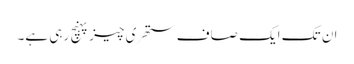
ان تک ایک صاف ستھری چیز پہنچ رہی ہے۔